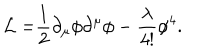
LaTeX: { \cal L = } \frac { 1 } { 2 } \partial _ { \mu } \phi \partial ^ { \mu } \phi - \frac { \lambda } { 4 ! } \phi ^ { 4 } .